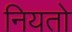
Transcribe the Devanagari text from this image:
नियतो